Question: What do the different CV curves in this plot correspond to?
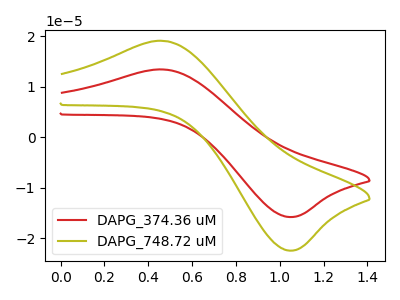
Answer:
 <answer>The red curve is labeled "DAPG_374.36 uM". The olive curve is labeled "DAPG_748.72 uM".</answer>
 <eval></eval>